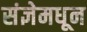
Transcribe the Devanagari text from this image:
संज्ञेमधून